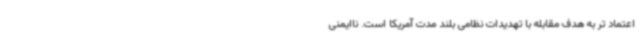
اعتماد تر به هدف مقابله با تهدیدات نظامی بلند مدت آمریکا است. ناایمنی